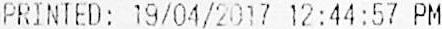
PRINTED: 19/04/2017 12:44:57 PM